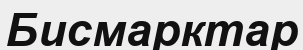
Бисмарктар